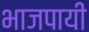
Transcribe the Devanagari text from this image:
भाजपायी